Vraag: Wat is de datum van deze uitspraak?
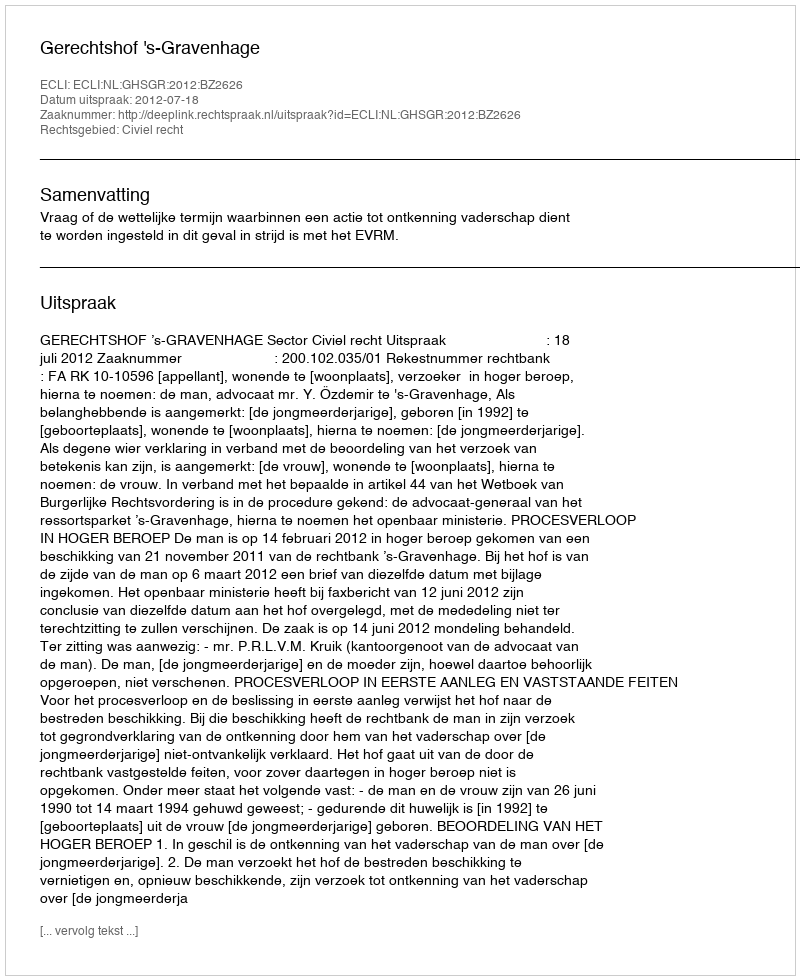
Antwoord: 2012-07-18